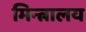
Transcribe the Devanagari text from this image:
मिन्त्रालय